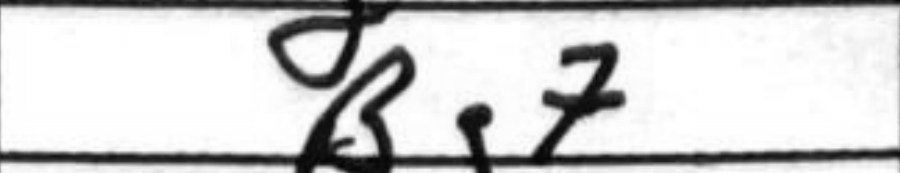
Transcription: Bg7